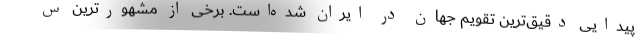
پیدایی دقیق‌ترین تقویم جهان در ایران شده‌است. برخی از مشهورترین س